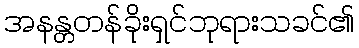
အနန္တတန်ခိုးရှင်ဘုရားသခင်၏